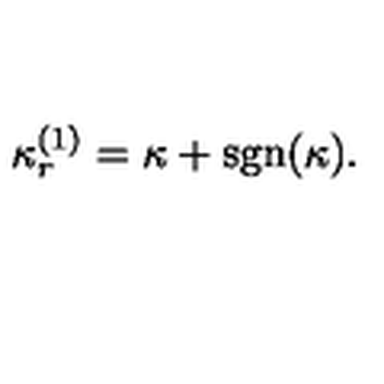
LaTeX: \kappa _ { r } ^ { ( 1 ) } = \kappa + \mathrm { s g n } ( \kappa ) .